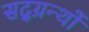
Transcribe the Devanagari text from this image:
सद्ग्रन्थों